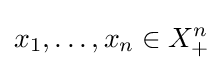
x_{1},\ldots ,x_{n}\in X_{+}^{n}